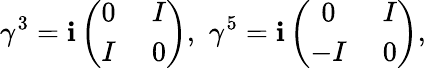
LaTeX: \gamma^{3}=\mathbf{i}\left(\begin{array}{cc}{{0\; }}&{{I}}\\ {{I\; }}&{{0}}\end{array}\right),\, \, \gamma^{5}=\mathbf{i}\left(\begin{array}{cc}{{0\; }}&{{I}}\\ {{-I\; }}&{{0}}\end{array}\right),